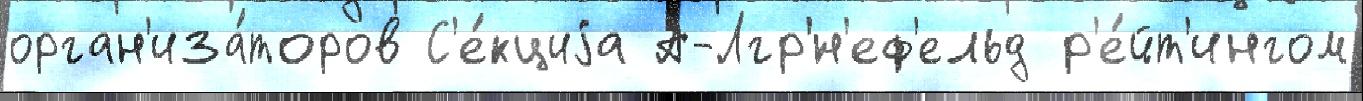
орган'иза́торов С'е́кциjа А-Лгр'́н'еф'ельд р'е́йт'ингом